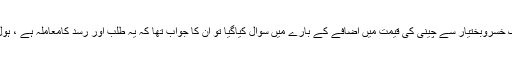
جب وفاقی وزیر اور شوگر ملز کے مالک خسروبختیار سے چینی کی قیمت میں اضافے کے بارے میں سوال کیاگیا تو ان کا جواب تھا کہ یہ طلب اور رسد کامعاملہ ہے ، ہول سیل اور ریٹیل قیمت میں بہت فرق ہے۔